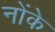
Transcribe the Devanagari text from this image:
नोंके